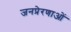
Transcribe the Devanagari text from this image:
जनप्रेरणाओं